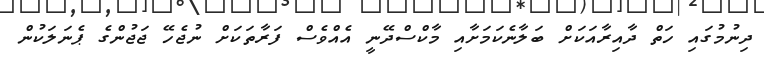
ދިނުމުގައި ހަތް ދާއިރާއަކަށް ބަލާނެކަމަށާއި މާކްސްދޭނީ އެއްވެސް ފަރާތަކަށް ނުޖެހޭ ޖަޖުންގެ ޕެނަލަކުން